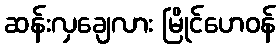
ဆန်းလှချေလား မြိုင်ဟေဝန်